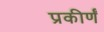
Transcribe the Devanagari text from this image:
प्रकीर्णं